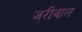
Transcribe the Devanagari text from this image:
जरीवाल